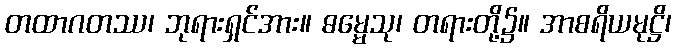
တထာဂတဿ၊ ဘုရားရှင်အား။ ဓမ္မေသု၊ တရားတို့၌။ အာစရိယမုဋ္ဌိ၊